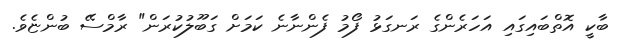
ބާކީ އޮތްބައިގައި އަހަރެންގެ ރަނގަޅު ފޯމު ފެންނާނެ ކަމަށް ގަބޫލުކުރަން" ރާމްސޭ ބުންޏެވެ.